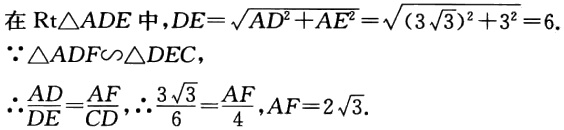
在$\text{Rt}\triangle ADE$中，$DE = \sqrt{AD^{2}+AE^{2}}=\sqrt{(3\sqrt{3})^{2}+3^{2}} = 6$.

$\because\triangle ADF\backsim\triangle DEC$，

$\therefore\frac{AD}{DE}=\frac{AF}{CD}$，$\therefore\frac{3\sqrt{3}}{6}=\frac{AF}{4}$，$AF = 2\sqrt{3}$.